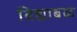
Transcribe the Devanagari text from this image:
विद्याबळ